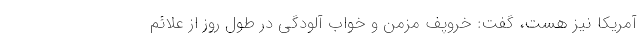
آمریکا نیز هست، گفت: خروپف مزمن و خواب آلودگی در طول روز از علائم